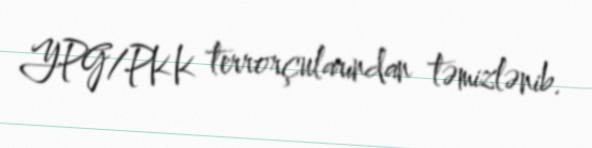
YPG/PKK terrorçularından təmizlənib.